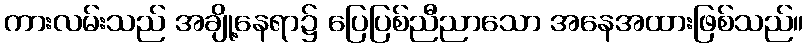
ကားလမ်းသည် အချို့နေရာ၌ ပြေပြစ်ညီညာသော အနေအထားဖြစ်သည်။